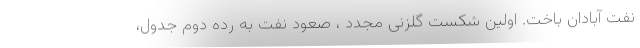
نفت آبادان باخت. اولین شکست گلزنی مجدد ، صعود نفت به رده دوم جدول،